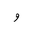
Letter: _waw